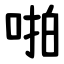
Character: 啪